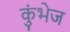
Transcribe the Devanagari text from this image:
कुंभेज